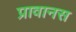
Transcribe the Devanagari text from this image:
प्रावानस